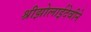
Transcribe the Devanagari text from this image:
श्रीझोलाईदेवीने